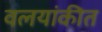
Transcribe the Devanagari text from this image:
वलयांकीत